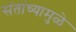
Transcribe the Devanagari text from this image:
संतांच्यामुळे